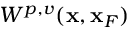
W ^ { p , v } ( { \bf x } , { \bf x } _ { F } )